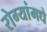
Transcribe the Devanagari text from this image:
रोग्यांमधे